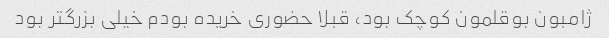
ژامبون بوقلمون کوچک بود، قبلا حضوری خریده بودم خیلی بزرگتر بود